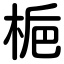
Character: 梔